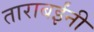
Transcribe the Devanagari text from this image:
ताराबईंनी